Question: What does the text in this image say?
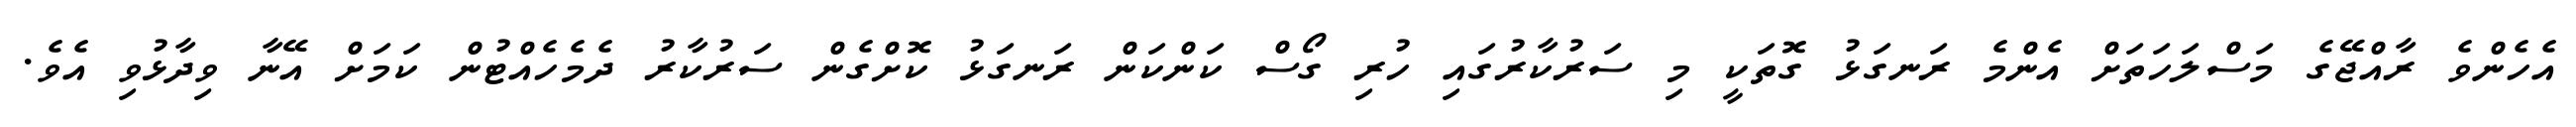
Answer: އެހެންވެ ރާއްޖޭގެ މަސްލަހަތަށް އެންމެ ރަނގަޅު ގޮތަކީ މި ސަރުކާރުގައި ހުރި ގޯސް ކަންކަން ރަނގަޅު ކޮށްގެން ސަރުކާރު ދެމެހެއްޓުން ކަމަށް އޭނާ ވިދާޅުވި އެވެ.